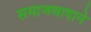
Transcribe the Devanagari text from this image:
समाजवादाने